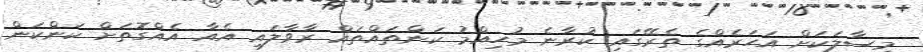
މިސާލަކަށް އަހަރެއްގެ ތެރޭގައި ކުރާނެ މުހިއްމު ކަންތައްތައް ރާވާލައި އެއާ އެއްގޮތަށް ކަންކަން